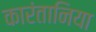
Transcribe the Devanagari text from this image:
कारंतानिया